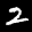
Label: 2